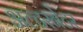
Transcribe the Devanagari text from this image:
अल्‍टरनेटर